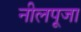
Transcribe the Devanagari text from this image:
नीलपूजा